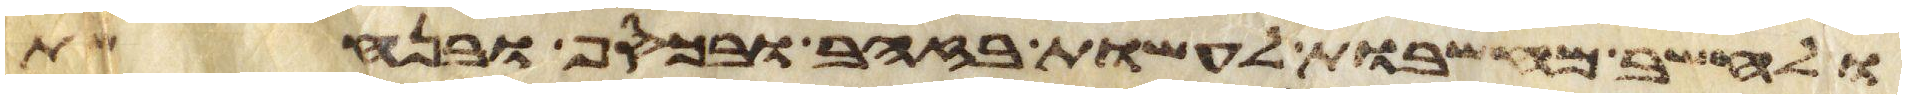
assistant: ולחשב מחשבות לעשות בזהב ובכסף ובנחשת